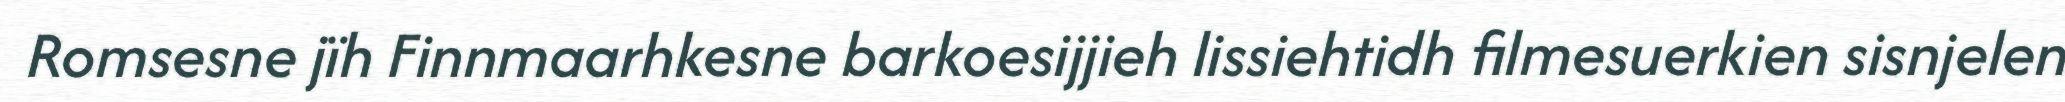
Romsesne jïh Finnmaarhkesne barkoesijjieh lissiehtidh filmesuerkien sisnjelen